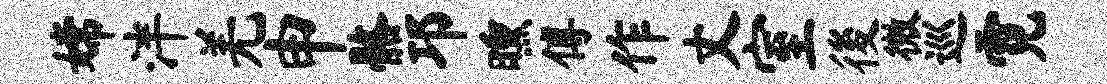
嫦泮羌申髂邛曛傅作丈室後微巡霓